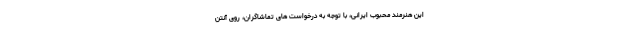
این هنرمند محبوب ایرانی، با توجه به درخواست های تماشاگران، روی آنتن